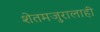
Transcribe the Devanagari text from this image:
शेतमजुरालाही